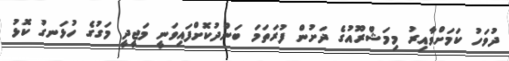
ދުވަހު ކަމަށްވާއިރު މިމަޝްރޫއުގެ ދަށުން ފުރަތަމަ ބަންދުކޮށްފައިވަނީ މަޖީދީ މަގުގެ ހުޅަނގު ކޮޅު